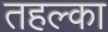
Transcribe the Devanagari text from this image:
तहल्‍का